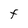
Character: F